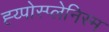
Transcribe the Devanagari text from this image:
ह्य्पोस्प्लेनिस्म